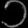
Digit: ၁